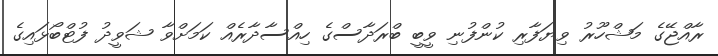
ރާއްޖޭގެ މަޝްހޫރު ވިޔަފާރި ކުންފުނި ވީބީ ބްރަދާސްގެ ހިއްސާދާރެއް ކަމަށްވާ ޝަވީދު ފުޓްބޯޅައިގެ